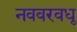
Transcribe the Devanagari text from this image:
नववरवधू